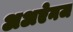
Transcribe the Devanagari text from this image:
अअऐनज